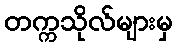
တက္ကသိုလ်များမှ